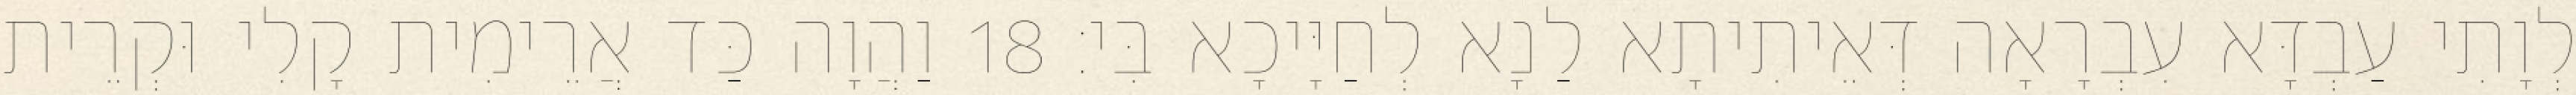
לְוָתִי עַבְדָּא עִבְרָאָה דְּאֵיתִיתָא לַנָא לְחַיָּיכָא בִּי׃ 18 וַהֲוָה כַּד אֲרֵימִית קָלִי וּקְרֵית